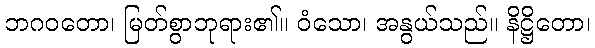
ဘဂဝတော၊ မြတ်စွာဘုရား၏။ ဝံသော၊ အနွယ်သည်။ နိဋ္ဌိတော၊